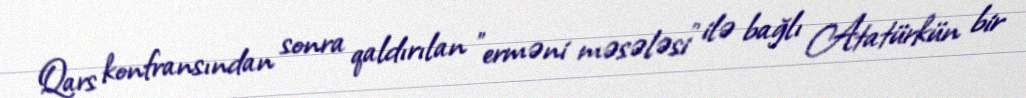
Qars konfransından sonra qaldırılan "erməni məsələsi" ilə bağlı Atatürkün bir